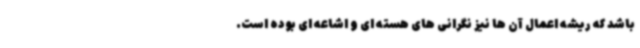
باشد که ریشه اعمال آن ها نیز نگرانی های هسته ای و اشاعه ای بوده است.